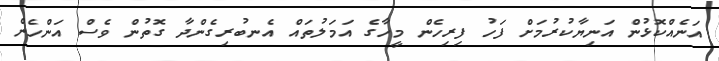
އަނެއްކޮޅުން އަނިޔާކުރުމަށް ފަހު ފިރިހެން މީހާގެ އަމަލުތައް އެނބުރިގެންދާ ގޮތުން ވެސް އަންހެން